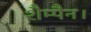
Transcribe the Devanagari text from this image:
शैम्पैन।